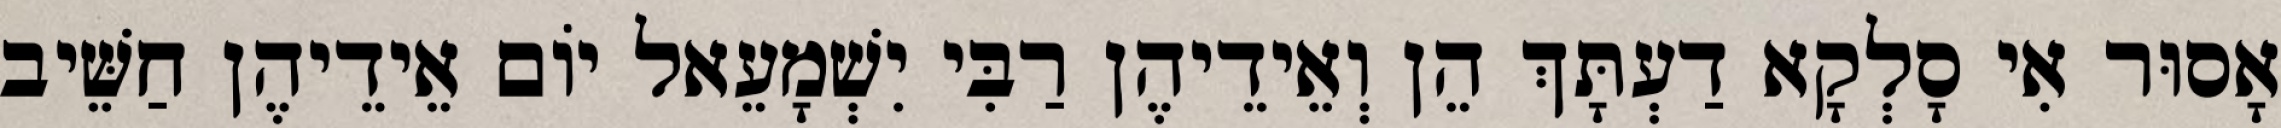
אָסוּר אִי סָלְקָא דַעְתָּךְ הֵן וְאֵידֵיהֶן רַבִּי יִשְׁמָעֵאל יוֹם אֵידֵיהֶן חַשֵּׁיב